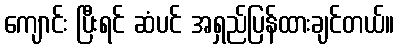
ကျောင်း ပြီးရင် ဆံပင် အရှည်ပြန်ထားချင်တယ်။